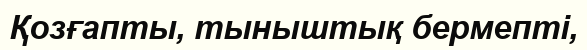
Қозғапты, тыныштық бермепті,